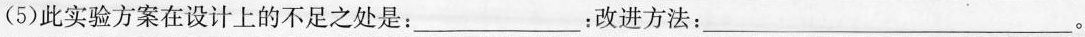
(5)此实验方案在设计上的不足之处是： ___：改进方法： ___。